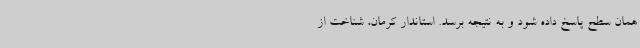
همان سطح پاسخ داده شود و به نتیجه برسد. استاندار کرمان، شناخت از